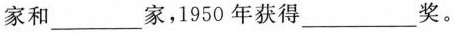
家和___家，1950年获得___奖。